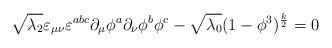
LaTeX: \begin{align*}\sqrt{\lambda_2}\varepsilon_{\mu \nu} \varepsilon^{abc} \partial_{\mu}\phi^a \partial_{\nu} \phi^b \phi^c -\sqrt{\lambda_0}(1-\phi^3)^{\frac{k}{2}} = 0\end{align*}